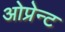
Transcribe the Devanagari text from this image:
ओप्रेन्ट